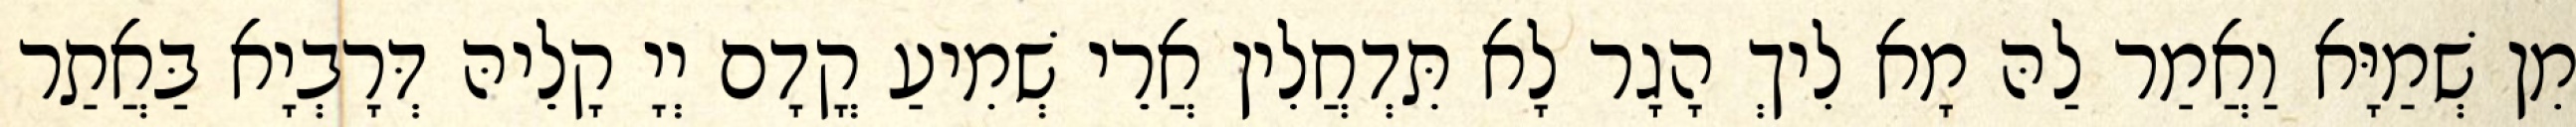
מִן שְׁמַיָּא וַאֲמַר לַהּ מָא לִיךְ הָגָר לָא תִּדְחֲלִין אֲרֵי שְׁמִיעַ קֳדָם יְיָ קָלֵיהּ דְּרָבְיָא בַּאֲתַר